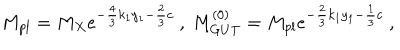
M _ { p l } = M _ { X } e ^ { - { \frac { 4 } { 3 } } k _ { 1 } y _ { 1 } - { \frac { 2 } { 3 } } c } ~ , ~ M _ { G U T } ^ { ( 0 ) } = M _ { p l } e ^ { - { \frac { 2 } { 3 } } k _ { 1 } y _ { 1 } - { \frac { 1 } { 3 } } c } ~ , ~ \,